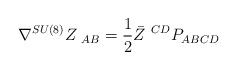
\begin{align*}\nabla^{SU(8)}Z_{\ AB}= {1 \over 2} \bar Z^{\ CD} P_{ABCD}\end{align*}